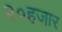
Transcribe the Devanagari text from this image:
२०हजार